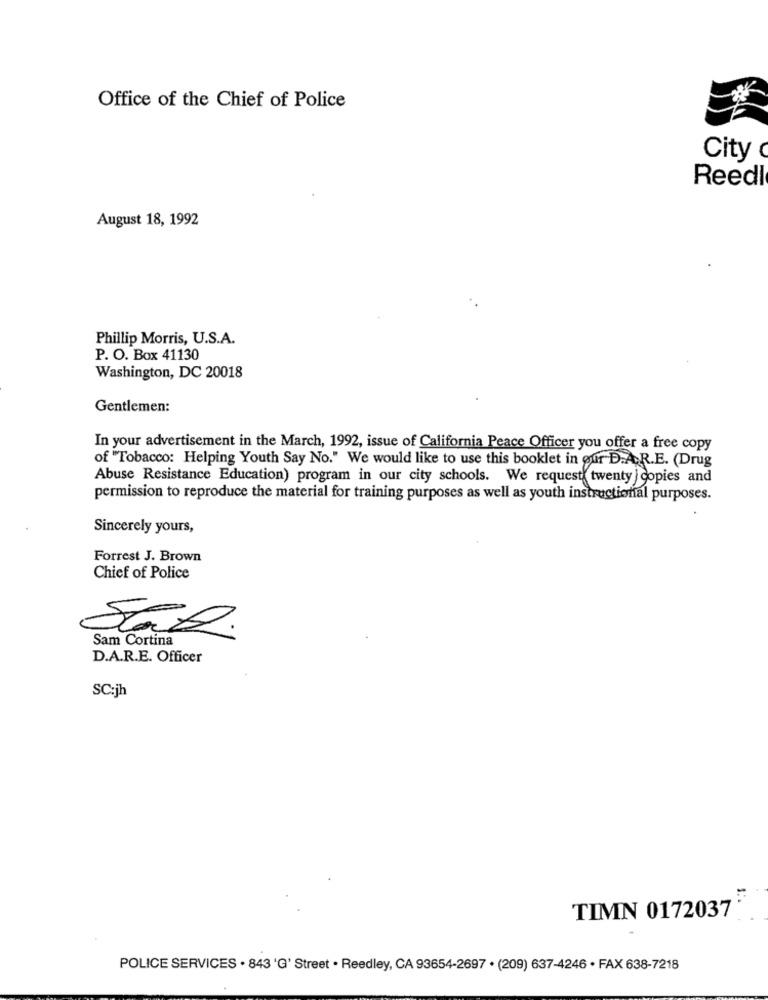
Office of the Chief of Police
City
Reedl
August 18, 1992
Phillip Morris, U.S.A.
P. O. Box 41130
Washington, DC 20018
Gentlemen:
In your advertisement in the March, 1992, issue of California Peace Officer you offer a free copy
of "Tobacco: Helping Youth Say No." We would like to use this booklet in our D.A.R.E. (Drug
Abuse Resistance Education) program in our city schools. We request twenty } copies and
permission to reproduce the material for training purposes as well as youth instructional purposes.
Sincerely yours,
Forrest J. Brown
Chief of Police
Sam Cortina
D.A.R.E. Officer
SC:jh
TIMN 0172037
POLICE SERVICES . 843 'G' Street . Reedley, CA 93654-2697 . (209) 637-4246 · FAX 638-7218